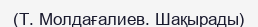
(Т. Молдағалиев. Шақырады)